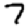
Digit: 7